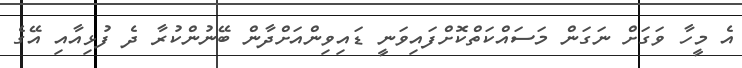
އެ މީހާ ވަގަށް ނަގަން މަސައްކަތްކޮށްފައިވަނީ ޑައިވިންއަށްދާން ބޭނުންކުރާ ދެ ފުޅިއާއި އޭގެ